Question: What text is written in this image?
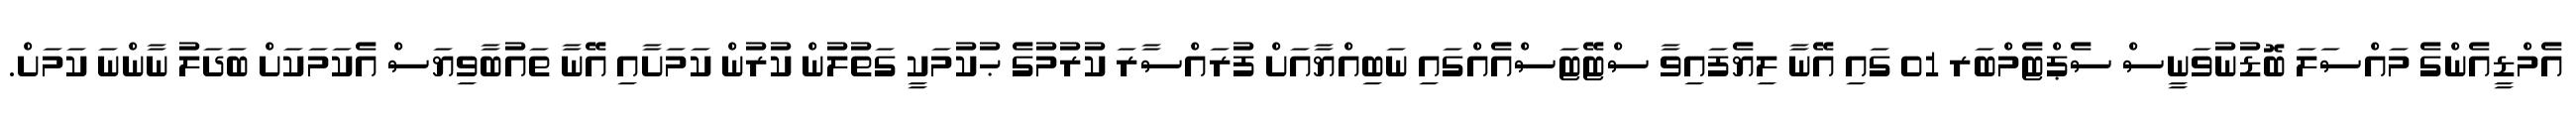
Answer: އެމްޑީއެންގެ މައްސަލަ ބޮޑުނުވަނީސް ސެޕްޓެމްބަރ 01 ގައި އޭނާ ލިޔެފައިވާ ސްޓޭޓަސްއެއްގައި ނަބިއްޔާއަށް ފުރައްސާރަ ކުރުމުގެ ޙުކުމަކީ ގަތުލުން ކުރުން ކަމަށާއި އޭނާ ތައުބާވިޔަސް އެކަމަކަށް ބަދަލު ނާންނަ ކަމަށް.